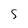
Character: S